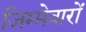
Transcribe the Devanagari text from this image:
जिम्मेवारों